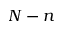
N - n